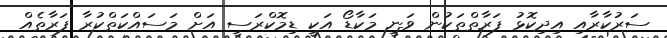
ސަރުކާރާއި އިދިކޮޅު ފަރާތްތަކުން ވަނީ މަކާޑޯ އަކީ ޑިމޮކްރަސީ އަށް މަސައްކަތްކުރާ ފަރާތެއް